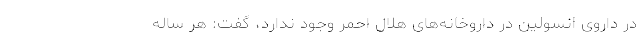
در داروی انسولین در داروخانه‌های هلال احمر وجود ندارد، گفت: هر ساله